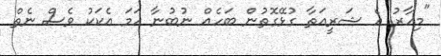
"މިހާރު އެ ޝަރީއަތާ ގުޅޭގޮތުން ބަހެއް ނުބުނާ ހަމަ އެކަކު ވެސް ނެތް